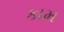
કામ